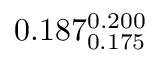
0 . 1 8 7 _ { 0 . 1 7 5 } ^ { 0 . 2 0 0 }